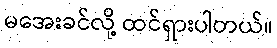
မအေးခင်လို့ ထင်ရှားပါတယ်။